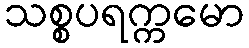
သစ္စပရက္ကမော